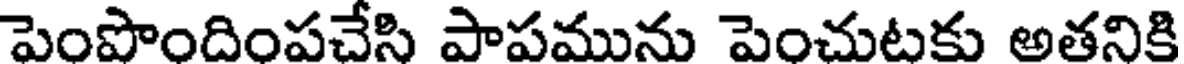
పెంపొందింపచేసి పాపమును పెంచుటకు అతనికి